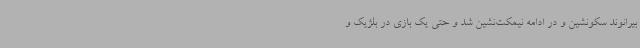
بیرانوند سکونشین و در ادامه نیمکت‌نشین شد و حتی یک بازی در بلژیک و